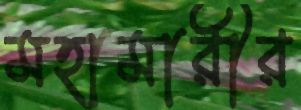
মহামারীর